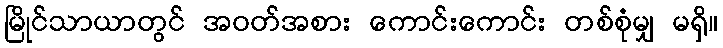
မြိုင်သာယာတွင် အဝတ်အစား ကောင်းကောင်း တစ်စုံမျှ မရှိ။